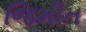
જિમીત